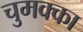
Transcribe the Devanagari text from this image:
चुमक्का